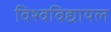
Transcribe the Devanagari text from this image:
विश्‍वविद्यायल